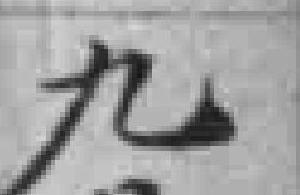
九